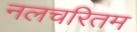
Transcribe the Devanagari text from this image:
नलचरितम